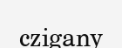
czigany